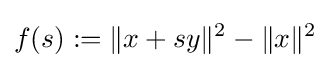
f(s):=\|x+sy\|^{2}-\|x\|^{2}